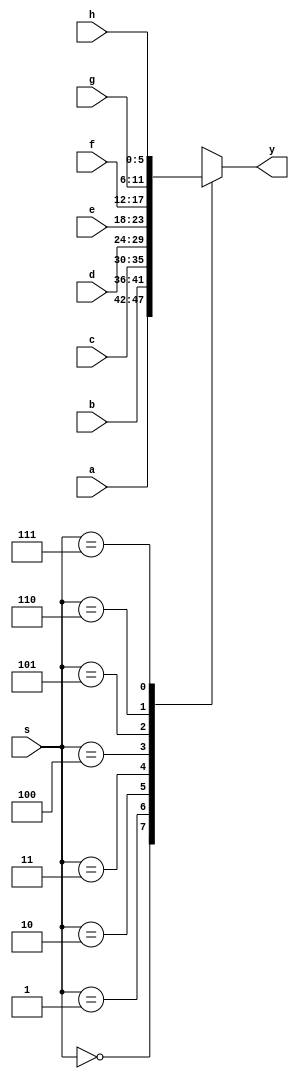
`timescale 1ns / 1ps
//////////////////////////////////////////////////////////////////////////////////
// Company: 
// Engineer: 
// 
// Design Name: 
// Module Name:    mux_down 
// Project Name: 
// Target Devices: 
// Tool versions: 
// Description: 
//
// Dependencies: 
//
// Revision: 
// Revision 0.01 - File Created
// Additional Comments: 
//
//////////////////////////////////////////////////////////////////////////////////
module mux_down(a,b,c,d,e,f,g,h,s,y);
input [5:0]a,b,c,d,e,f,g,h;
input [2:0]s;
output [5:0]y;
reg [5:0]y;

always @(a,b,c,d,e,f,g,h)
begin
case(s)
3'b000:y=a;
3'b001:y=b;
3'b010:y=c;
3'b011:y=d;
3'b100:y=e;
3'b101:y=f;
3'b110:y=g;
3'b111:y=h;
default:y=a;
endcase
end
endmodule